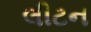
લીટન